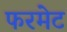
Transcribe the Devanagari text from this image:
फरमेट